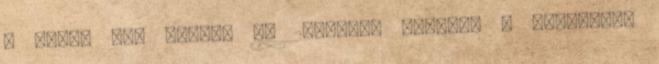
a V4-ek nem mennek el 297Igent mondott a parlament